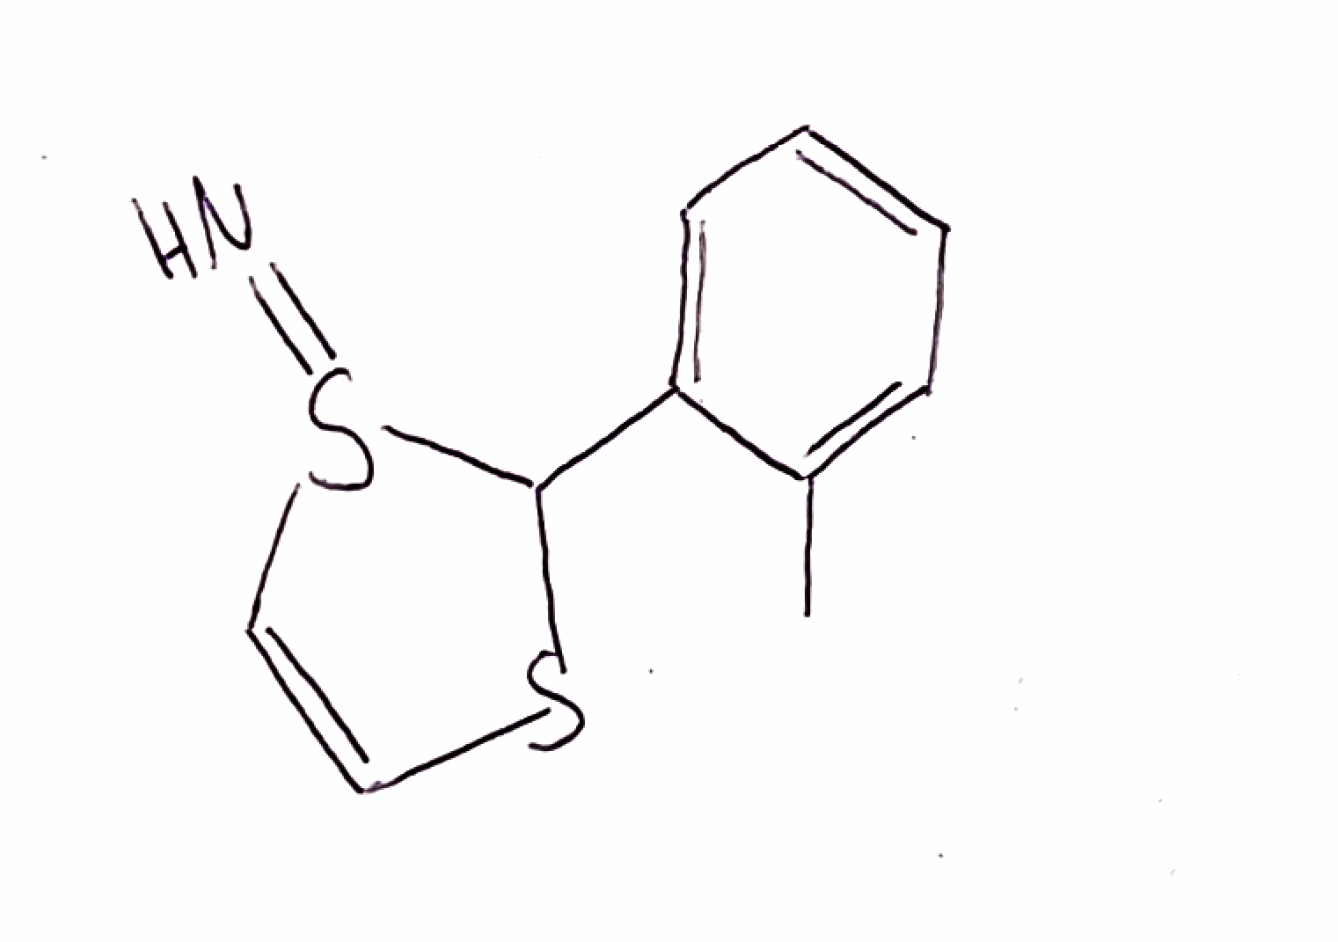
Simplified molecular-input line-entry system (SMILES) notation of the given molecule:
CC1=CC=CC=C1C2SC=CS2=N